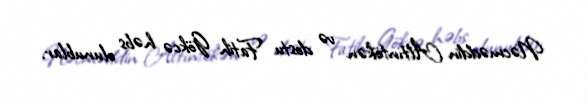
Nəcməddin Altıntökən və dostu Fatih Gökcə həbs olunublar.